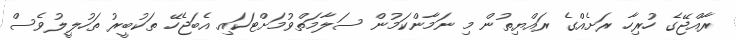
ރާއްޖޭގެ ހުރިހާ ރަށެއްގެ ރައްޔިތުން މި ނަމާންކަމުން ސަލާމަތްވުމަށްޓަކައި އެބަޖެހޭ ތަކުބީރު ތަހުލީލުވެސް